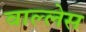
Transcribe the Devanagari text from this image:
वाल्लेस